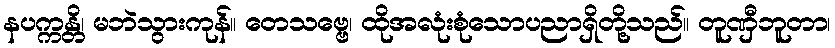
နပက္ကန္တိ၊ မဘဲသွားကုန်။ တေသဗ္ဗေ၊ ထိုအလုံးစုံသောပညာရှိတို့သည်။ တူဏှီဘူတာ၊